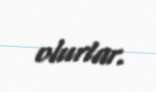
olurlar.